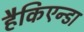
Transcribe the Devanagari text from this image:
हैकिएन्डा